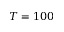
T = 1 0 0